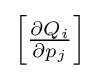
{\textstyle \left[{\frac {\partial Q_{i}}{\partial p_{j}}}\right]}